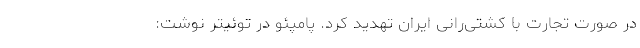
در صورت تجارت با کشتی‌رانی ایران تهدید کرد. پامپئو در توئیتر نوشت: